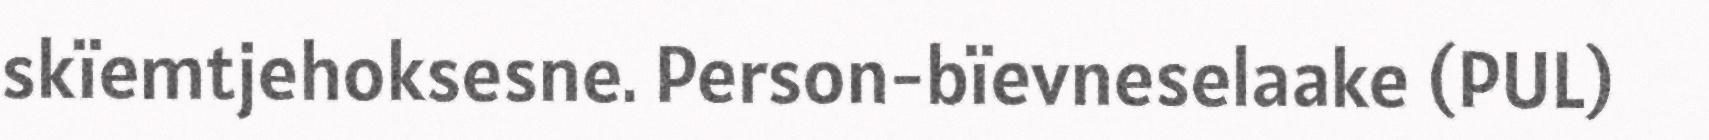
skïemtjehoksesne. Person-bïevneselaake (PUL)